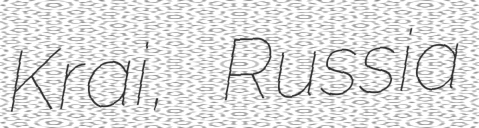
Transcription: Krai, Russia